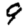
Digit: 9